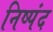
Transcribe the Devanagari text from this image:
निष्पंद